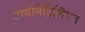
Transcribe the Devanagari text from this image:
बायोमैट्रिशियन